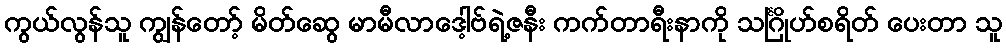
ကွယ်လွန်သူ ကျွန်တော့် မိတ်ဆွေ မာမီလာဒေါ့ဗ်ရဲ့ဇနီး ကက်တာရီးနာကို သင်္ဂြိုဟ်စရိတ် ပေးတာ သူ